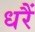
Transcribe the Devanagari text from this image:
धरैं